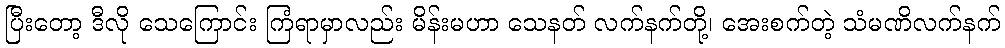
ပြီးတော့ ဒီလို သေကြောင်း ကြံရာမှာလည်း မိန်းမဟာ သေနတ် လက်နက်တို့၊ အေးစက်တဲ့ သံမဏိလက်နက်